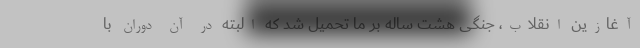
آغازین انقلاب، جنگی هشت ساله بر ما تحمیل شد که البته در آن دوران با